Annual administration report of the Civil Veterinary Department of India - 1893-1894
Year: 1893
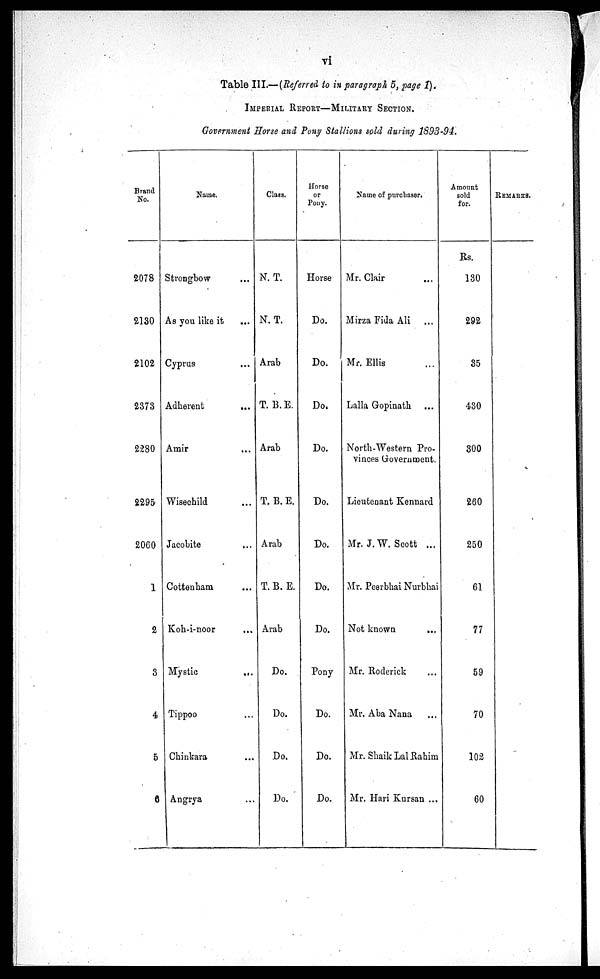
vi
Table III.— (Referred to in paragraph 5, page 1).
IMPERIAL REPORT—MILITARY SECTION.
Government Horse and Pony Stallions sold during 1893-94.
Brand
No.
2078
2130
2102
2373
2280
2295
2060
1
2
3
4
5
6
Name.
Strongbow ...
As you like it ...
Cyprus ...
Adherent
...
Amir ...
Wisechild ...
Jacobite ...
Cottenham ...
Koh-i-noor ...
Mystic
...
Tippoo ...
Chinkara ...
Angrya ...
Class.
N. T.
N. T.
Arab
T. B. E.
Arab
T. B. E.
Arab
T. B. E.
Arab
Do.
Do.
Do.
Do.
Horse
or
Pony.
Horse
Do.
Do.
Do.
Do.
Do.
Do.
Do.
Do.
Pony
Do.
Do.
Do.
Name of purchaser.
Mr. Clair ...
Mirza Fida Ali ...
Mr. Ellis ...
Lalla Gopinath ...
North-Western Pro-
vinces Government.
Lieutenant Kennard
Mr. J. W. Scott ...
Mr. Peerbhai Nurbhai
Not known
...
Mr. Roderick ...
Mr. Aba Nana ...
Mr. Shaik Lal Rahim
Mr. Hari Kursan ...
Amount
sold
for.
Rs.
130
292
35
430
300
260
250
61
77
59
70
102
60
REMARKS.